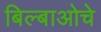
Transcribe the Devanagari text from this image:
बिल्बाओचे